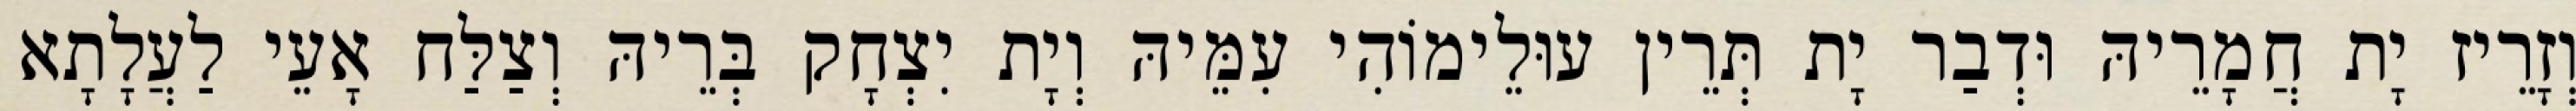
וְזָרֵיז יָת חֲמָרֵיהּ וּדְבַר יָת תְּרֵין עוּלֵימוֹהִי עִמֵּיהּ וְיָת יִצְחָק בְּרֵיהּ וְצַלַּח אָעֵי לַעֲלָתָא